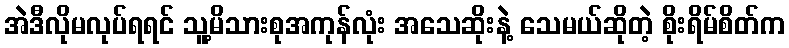
အဲဒီလိုမလုပ်ရရင် သူ့မိသားစုအကုန်လုံး အသေဆိုးနဲ့ သေမယ်ဆိုတဲ့ စိုးရိမ်စိတ်က